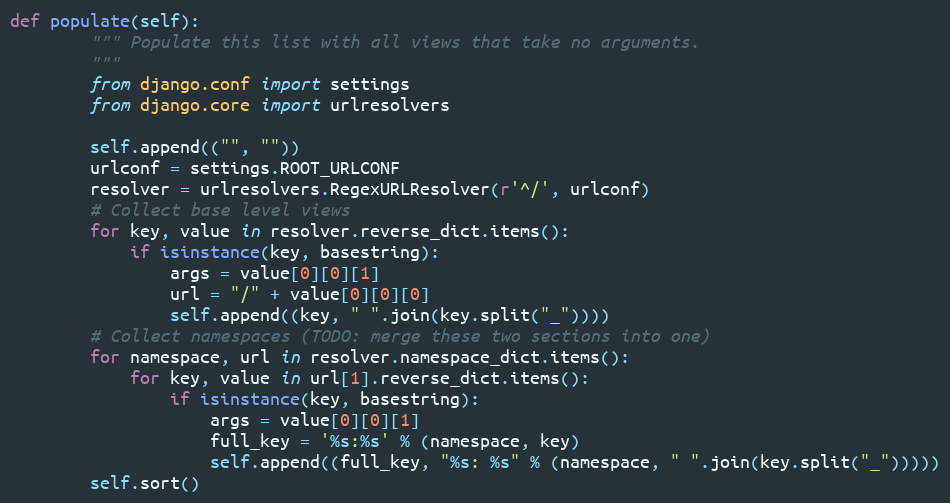
Language: Python
def populate(self):
        """ Populate this list with all views that take no arguments.
        """
        from django.conf import settings
        from django.core import urlresolvers

        self.append(("", ""))
        urlconf = settings.ROOT_URLCONF
        resolver = urlresolvers.RegexURLResolver(r'^/', urlconf)
        # Collect base level views
        for key, value in resolver.reverse_dict.items():
            if isinstance(key, basestring):
                args = value[0][0][1]
                url = "/" + value[0][0][0]
                self.append((key, " ".join(key.split("_"))))
        # Collect namespaces (TODO: merge these two sections into one)
        for namespace, url in resolver.namespace_dict.items():
            for key, value in url[1].reverse_dict.items():
                if isinstance(key, basestring):
                    args = value[0][0][1]
                    full_key = '%s:%s' % (namespace, key)
                    self.append((full_key, "%s: %s" % (namespace, " ".join(key.split("_")))))
        self.sort()